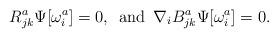
LaTeX: \begin{align*}R^{a}_{jk} \Psi[\omega^{a}_{i}] = 0,\enspace \mbox{and}\enspace \nabla_{i} B^{a}_{jk} \Psi[\omega^{a}_{i}] = 0.\end{align*}